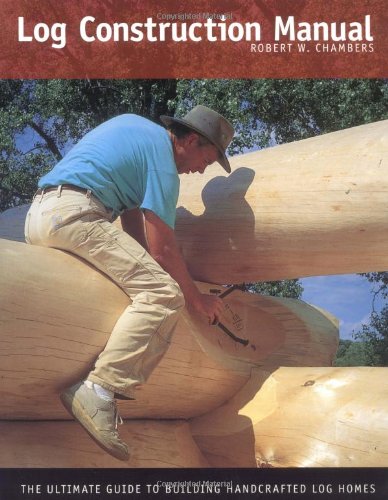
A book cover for Log Construction Manual: The Ultimate Guide to Building Handcrafted Log Homes; Robert Wood Chambers; Crafts, Hobbies & Home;